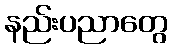
နည်းပညာတွေ